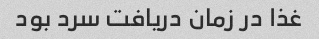
غذا در زمان دریافت سرد بود